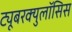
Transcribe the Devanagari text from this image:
ट्यूबरक्युलॉसिस